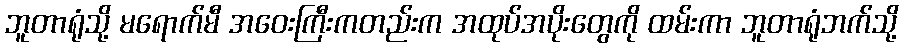
ဘူတာရုံသို့ မရောက်မီ အဝေးကြီးကတည်းက အထုပ်အပိုးတွေကို ထမ်းကာ ဘူတာရုံဘက်သို့